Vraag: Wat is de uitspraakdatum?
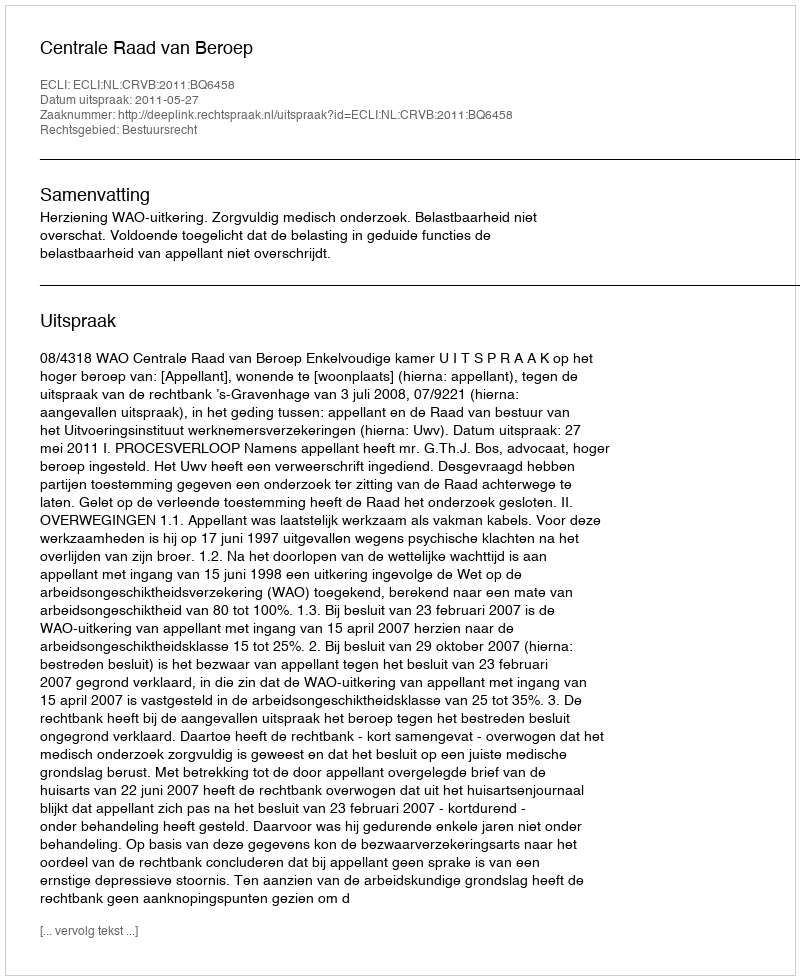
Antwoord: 2011-05-27